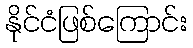
နိုင်ငံဖြစ်ကြောင်း